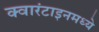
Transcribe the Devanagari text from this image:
क्वारंटाइनमध्ये